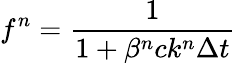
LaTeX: f^{n}=\frac{1}{1+\beta^{n}ck^{n}\Delta t}